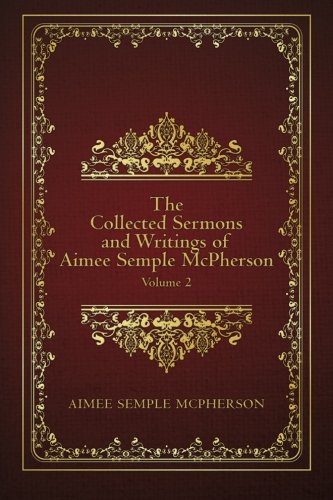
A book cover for The Collected Sermons and Writings of Aimee Semple McPherson: Volume 2; Aimee Semple McPherson; Christian Books & Bibles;